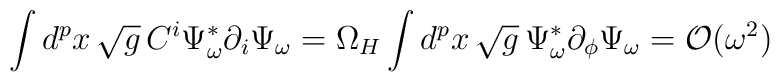
\int d^{p}x\,\sqrt{g}\,C^i\Psi_\omega^* \partial_i \Psi_\omega= \Omega_H\int d^{p}x\,\sqrt{g}\,\Psi_\omega^*\partial_\phi \Psi_\omega \nonumber =  {\cal O}(\omega^2)